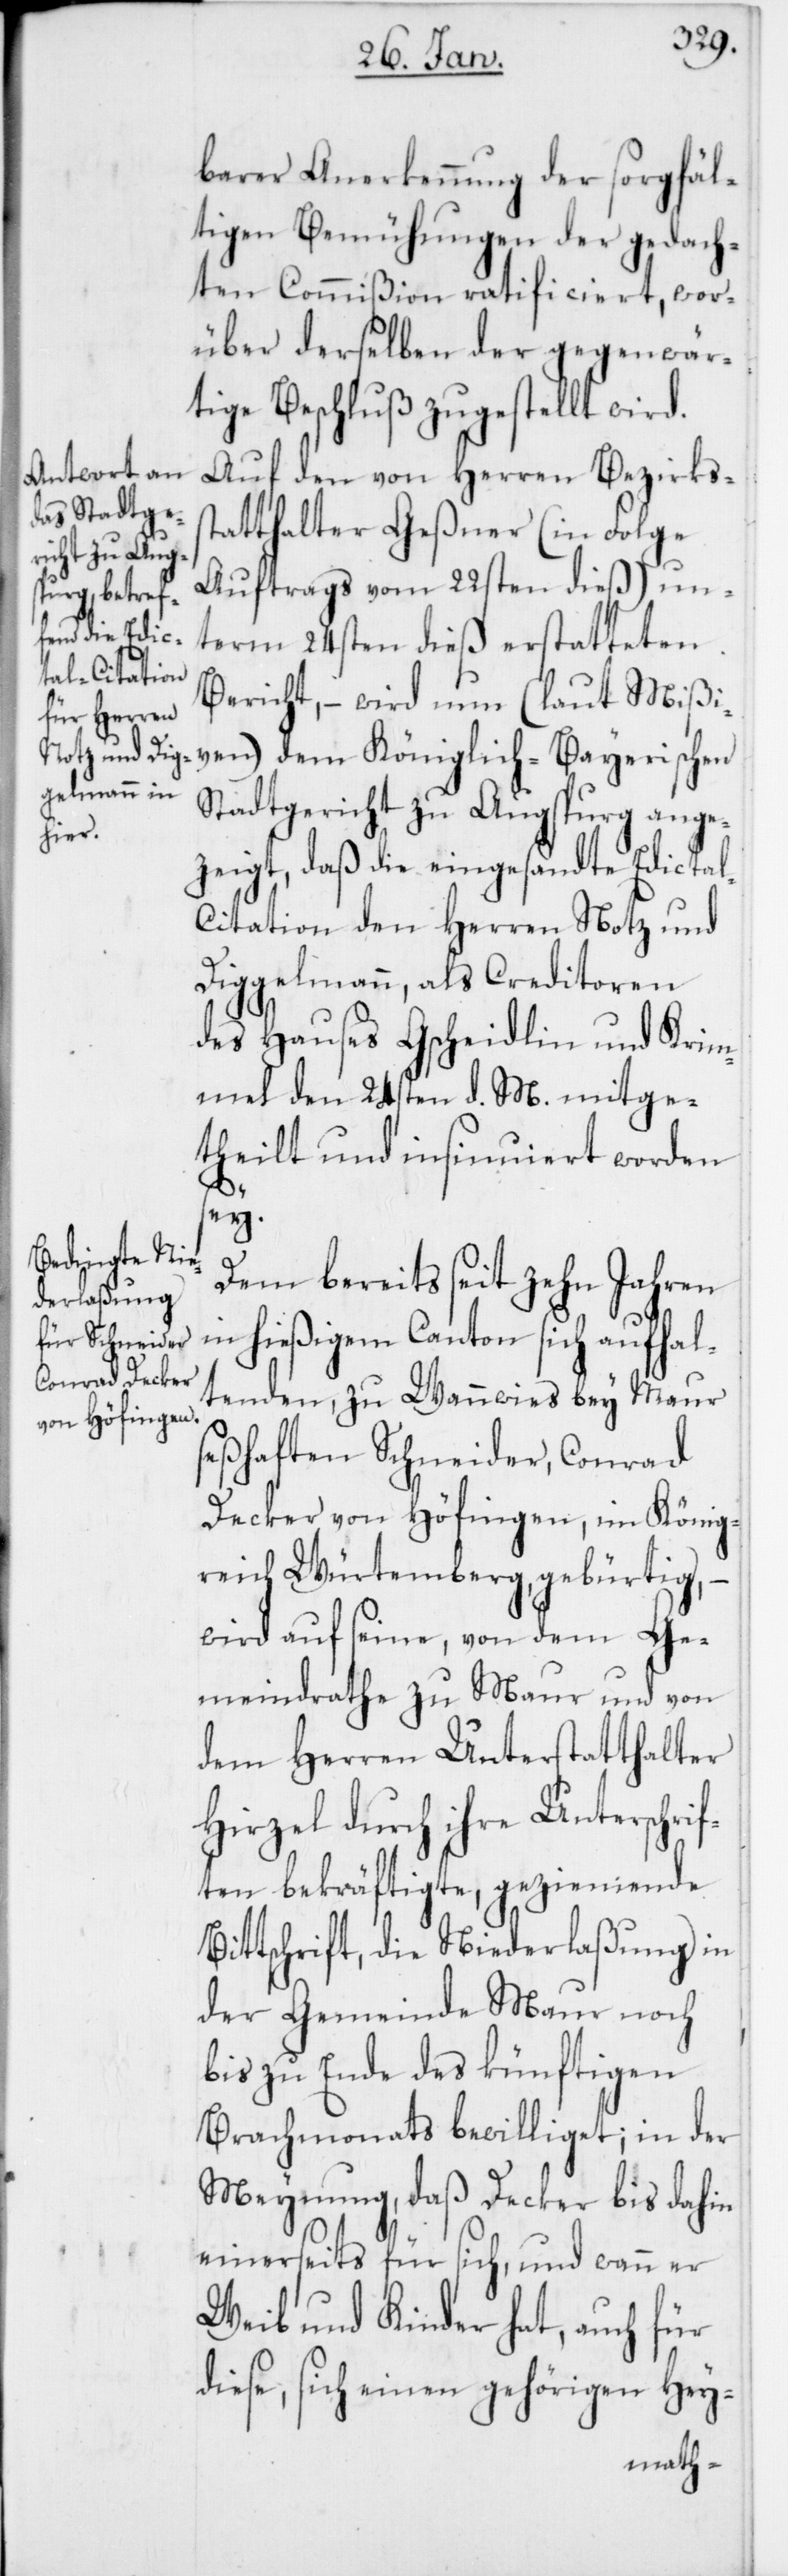
barer Anerkennung der sorgfäl¬
tigen Bemühungen der gedach¬
ten Commißion ratificiert, wor¬
über derselben der gegenwär¬
tige Beschluß zugestellt wird.
Auf den von Herren Bezirkss¬
tatthalter Geßner (in Folge
Auftrags vom 22sten dieß) un¬
term 24sten dieß erstatteten
Bericht, – wird nun (laut Mißi¬
ven) dem Königlich-Bayerischen
Stadtgericht zu Augsburg ange¬
zeigt, daß die eingesandte Edictal-C¬
itation den Herren Notz und
Diggelmann, als Creditoren
des Hauses Gscheidlin & Krim¬
mel den 24sten d. M. mitge¬
theilt und insinuiert worden
sey.
Dem bereits seit zehn Jahren
in hießigem Canton sich aufhal¬
tenden, zu Wannwies bey Maur
seßhaften Schneider, Conrad
Decker von Höfingen, im König¬
reich Würtemberg gebürtig, –
wird auf seine, von dem Ge¬
meindrathe zu Maur und von
dem Herren Unterstatthalter
Hirzel durch ihre Unterschrif¬
ten bekräftigte, geziemende
Bittschrift, die Niederlaßung in
der Gemeinde Maur noch
bis zu Ende des künftigen
Brachmonats bewilliget; in der
Meynung, daß Decker bis dahin
einerseits für sich, und wann er
Weib und Kinder hat, auch für
diese, sich einen gehörigen Hey-